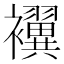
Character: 𮷃